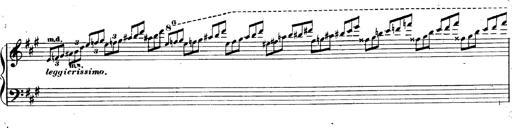
Title: 3 Caprices-Valses
Composer: Franz Liszt